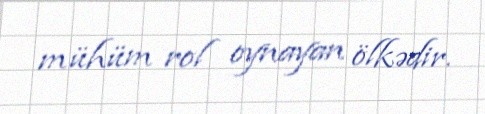
mühüm rol oynayan ölkədir.